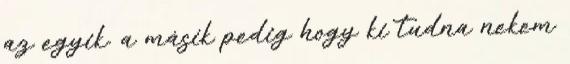
az egyik. a másik pedig hogy ki tudna nekem